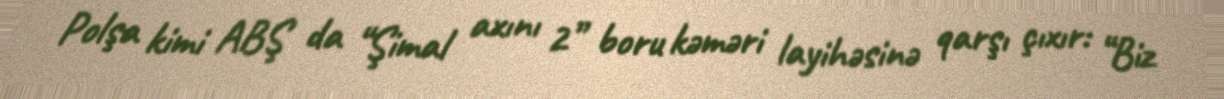
Polşa kimi ABŞ da “Şimal axını 2” boru kəməri layihəsinə qarşı çıxır: “Biz